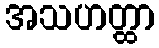
အသဟတ္ထာ